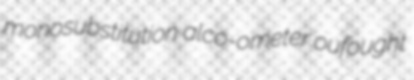
monosubstitution alco-ometer oufought